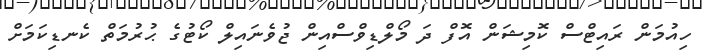
ހިއުމަން ރައިޓްސް ކޮމިޝަން އޮފް ދަ މޯލްޑިވްސްއިން ޖުވެނައިލް ކޯޓުގެ ޙުރުމަތް ކެނޑިކަމަށް